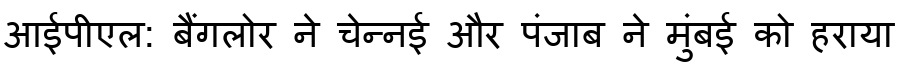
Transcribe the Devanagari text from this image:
आईपीएल: बैंगलोर ने चेन्नई और पंजाब ने मुंबई को हराया